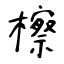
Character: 檫